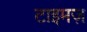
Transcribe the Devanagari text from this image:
टाइमज़